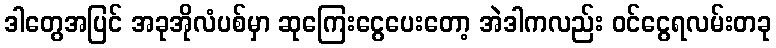
ဒါတွေအပြင် အခုအိုလံပစ်မှာ ဆုကြေးငွေပေးတော့ အဲဒါကလည်း ဝင်ငွေရလမ်းတခု